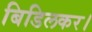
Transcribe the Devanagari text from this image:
बिडिलकर।